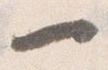
一